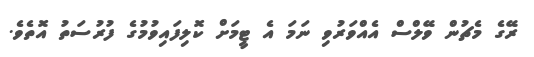
ރޭގެ މެޗުން ވޭލްސް އެއްވަރުވި ނަމަ އެ ޓީމަށް ކޮލިފައިވުމުގެ ފުރުސަތު އޮތެވެ.